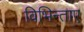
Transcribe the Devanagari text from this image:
विभिन्ताए